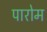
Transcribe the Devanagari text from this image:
पारोम